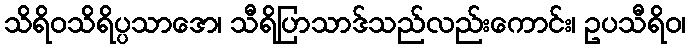
သိရိဝသိရိပ္ပသာဒော၊ သီရိပြာသာဒ်သည်လည်းကောင်း၊ ဥပသီရိဝ၊